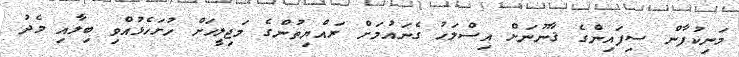
މަނިކުފާން ސިފައިންގެ ޤާނޫނަށް އިސްލަހު ގެނައުމަށް ރައްޔިތުންގެ މަޖިލީހަށް ހުށަހެޅުއްވި ބިލާއި މެދު